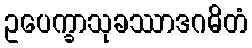
ဥပေက္ခာသုခဿာဒဂဓိတံ